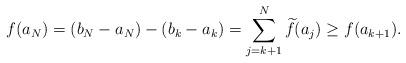
LaTeX: \begin{align*}f(a_N) = (b_N-a_N)-(b_k-a_k) = \sum_{j=k+1}^N \widetilde{f}(a_j)\geq f(a_{k+1}).\end{align*}